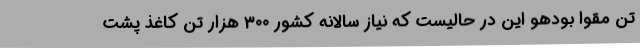
تن مقوا بودهو این در حالیست که نیاز سالانه کشور 300 هزار تن کاغذ پشت